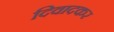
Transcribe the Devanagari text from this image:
दिवादकर